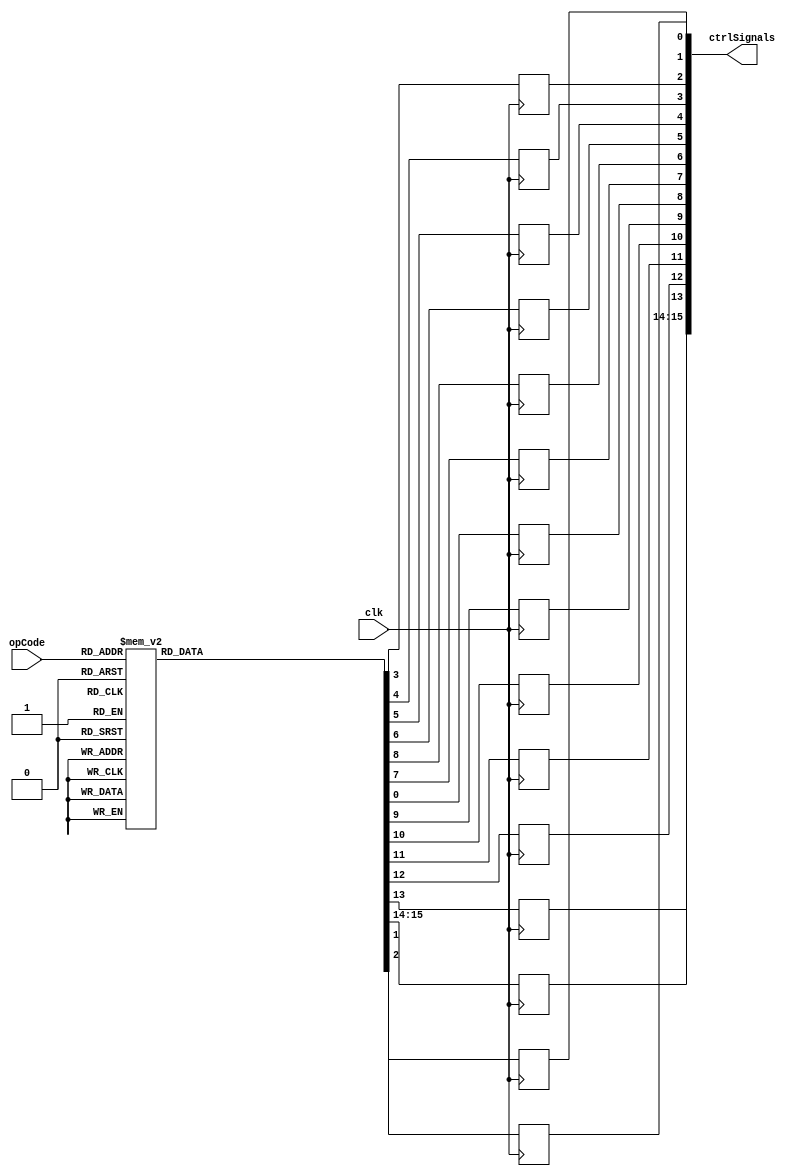
// ============================================================================
//   Ver  :| Author					:| Mod. Date :| Changes Made:
//   V1.0 :| viCppDev			   :| 04/02/2021:| Control Unit
//   V1.1 :| viCppDev			   :| 07/02/2021:| Added inconditional Jumps
//   V1.1 :| viCppDev			   :| 08/02/2021:| Added conditional Jumps
// ============================================================================


module ControlUnit (
	input clk, 
	input wire [3:0] opCode, 	
	output wire [15:0] ctrlSignals
	);
	
	
	reg cuA;
	reg cuB;
	reg cuZ;
	reg cuY;
	reg cuR;
	reg cuALU;
	reg cuShfU;
	reg cuShfD;
	reg cuRam;
	reg cuMuxA;
	reg cuMuxB;
	reg cuDex;
	reg cuJp;
	reg cuJpc;
	reg [1:0]cuComp;
	
	reg [3:0]cmd;
	
	assign ctrlSignals[0] = cuA;     
	assign ctrlSignals[1] = cuB;
	assign ctrlSignals[2] = cuZ;
	assign ctrlSignals[3] = cuY;
	assign ctrlSignals[4] = cuR;
	assign ctrlSignals[5] = cuALU;  
	assign ctrlSignals[6] = cuShfU; 
	assign ctrlSignals[7] = cuShfD; 
	assign ctrlSignals[8] = cuRam; 
	assign ctrlSignals[9] = cuMuxA; 
	assign ctrlSignals[10] = cuMuxB; 
	assign ctrlSignals[11] = cuDex; 
	assign ctrlSignals[12] = cuJp; 
	assign ctrlSignals[13] = cuJpc; 
	assign ctrlSignals[14] = cuComp[0]; 
	assign ctrlSignals[15] = cuComp[1]; 
	
	
	initial begin
		cuA <= 0;
		cuB <= 0;
		cuZ <= 0;
		cuY <= 0;
		cuR <= 0;
		cuRam <= 0;
	end
	
	
	always @(posedge(clk)) begin
	
		case (opCode)
		4'b0000 : begin //ADD
						cuRam  = 0;
						cuA = 0;
						cuB = 0;
						cuZ = 0;
						cuY = 0;
						cuR = 1;
						cuALU = 0;
						cuShfD = 0;
						cuShfU = 0;
						cuMuxA = 0;
						cuMuxB = 0;
						cuDex = 0;	
						cuJp = 0;
						cuJpc = 0;
						cuComp = 2'b00;
					 end
			
		4'b0001 : begin // SUB
						cuRam  = 0;
						cuA = 0;
						cuB = 0;
						cuZ = 0;
						cuY = 0;
						cuR = 1;
						cuALU = 1;
						cuShfD = 0;
						cuShfU = 0;
						cuMuxA = 0;
						cuMuxB = 0;
						cuDex = 0;	
						cuJp = 0;
						cuJpc = 0;
						cuComp = 2'b00;
					 end
					 
		4'b0010 : begin // LOAD A
						cuRam  = 0;
						cuA = 1;
						cuB = 0;
						cuZ = 0;
						cuY = 0;
						cuR = 0;
						cuALU = 0;
						cuShfD = 0;
						cuShfU = 0;
						cuMuxA = 0;
						cuMuxB = 0;
						cuDex = 0;	
						cuJp = 0;
						cuJpc = 0;
						cuComp = 2'b00;
					 end
					 
		4'b0011 : begin // LOAD B
						cuRam  = 0;
						cuA = 0;
						cuB = 1;
						cuZ = 0;
						cuY = 0;
						cuR = 0;
						cuALU = 0;
						cuShfD = 0;
						cuShfU = 0;
						cuMuxA = 0;
						cuMuxB = 0;
						cuDex = 0;	
						cuJp = 0;
						cuJpc = 0;
						cuComp = 2'b00;
					 end
					 
		4'b0100 : begin // LOAD Z 
						cuRam  = 0;
						cuA = 0;
						cuB = 0;
						cuZ = 1;
						cuY = 0;
						cuR = 0;
						cuALU = 0;
						cuShfD = 0;
						cuShfU = 0;
						cuMuxA = 0;
						cuMuxB = 0;
						cuDex = 0;	
						cuJp = 0;
						cuJpc = 0;
						cuComp = 2'b00;
					 end
					 
		4'b0101 : begin // LOAD Shift Down
						cuRam  = 0;
						cuA = 0;
						cuB = 0;
						cuZ = 0;
						cuY = 0;
						cuR = 0;	
						cuALU = 0;
						cuShfD = 1;
						cuShfU = 0;
						cuMuxA = 0;
						cuMuxB = 0;
						cuDex = 0;	
						cuJp = 0;
						cuJpc = 0;
						cuComp = 2'b00;
					 end
					 
		4'b0110 : begin // LOAD Shift Up
						cuRam  = 0;
						cuA = 0;
						cuB = 0;
						cuZ = 0;
						cuY = 0;
						cuR = 0;
						cuALU = 0;
						cuShfD = 0;
						cuShfU = 1;
						cuMuxA = 0;
						cuMuxB = 0;
						cuDex = 0;	
						cuJp = 0;
						cuJpc = 0;
						cuComp = 2'b00;
					 end
					 
		4'b0111 : begin // LOAD Y(RAM Addr)
						cuRam  = 0;
						cuA = 0;
						cuB = 0;
						cuZ = 0;
						cuY = 1;
						cuR = 0;	
						cuALU = 0;
						cuShfD = 0;
						cuShfU = 0;
						cuMuxA = 0;
						cuMuxB = 0;
						cuDex = 0;//must be 0		
						cuJp = 0;
						cuJpc = 0;
						cuComp = 2'b00;
					 end
					 
		4'b1000 : begin // Store RAM new value
						cuRam  = 1;
						cuA = 0;
						cuB = 0;
						cuZ = 0;
						cuY = 0;
						cuR = 0;	
						cuALU = 0;
						cuShfD = 0;
						cuShfU = 0;
						cuMuxA = 0;
						cuMuxB = 1;
						cuDex = 1;	
						cuJp = 0;
						cuJpc = 0;
						cuComp = 2'b00;
					 end
					 
		4'b1001 : begin // Store RAM result
						cuRam  = 1;
						cuA = 0;
						cuB = 0;
						cuZ = 0;
						cuY = 0;
						cuR = 0;	
						cuALU = 0;
						cuShfD = 0;
						cuShfU = 0;
						cuMuxA = 0;
						cuMuxB = 0;
						cuDex = 0;	
						cuJp = 0;	
						cuJpc = 0;
						cuComp = 2'b00;
					 end
					 
		4'b1010 : begin // LOAD Z RAM
						cuRam  = 0;
						cuA = 0;
						cuB = 0;
						cuZ = 1;
						cuY = 0;
						cuR = 0;	
						cuALU = 0;
						cuShfD = 0;
						cuShfU = 0;
						cuMuxA = 1;
						cuMuxB = 0;
						cuDex = 0;	
						cuJp = 0;
						cuJpc = 0;	
						cuComp = 2'b00;
					 end
					 
		4'b1011 : begin // JUMP INCONDITIONAL
						cuRam  = 0;
						cuA = 0;
						cuB = 0;
						cuZ = 0;
						cuY = 0;
						cuR = 0;	
						cuALU = 0;
						cuShfD = 0;
						cuShfU = 0;
						cuMuxA = 0;
						cuMuxB = 0;
						cuDex = 0;	
						cuJp = 1;
						cuJpc = 0;
						cuComp = 2'b00;
					 end
					 
		4'b1100 : begin // JUMP CONDITIONAL EQUAL
						cuRam  = 0;
						cuA = 0;
						cuB = 0;
						cuZ = 0;
						cuY = 0;
						cuR = 0;	
						cuALU = 0;
						cuShfD = 0;
						cuShfU = 0;
						cuMuxA = 0;
						cuMuxB = 0;
						cuDex = 0;	
						cuJp = 0;
						cuJpc = 1;
						cuComp = 2'b00;
					 end
					 
		4'b1101 : begin // JUMP CONDITIONAL LESS
						cuRam  = 0;
						cuA = 0;
						cuB = 0;
						cuZ = 0;
						cuY = 0;
						cuR = 0;	
						cuALU = 0;
						cuShfD = 0;
						cuShfU = 0;
						cuMuxA = 0;
						cuMuxB = 0;
						cuDex = 0;	
						cuJp = 0;
						cuJpc = 1;
						cuComp = 2'b01;
					 end
					 
		4'b1110 : begin // JUMP CONDITIONAL MORE
						cuRam  = 0;
						cuA = 0;
						cuB = 0;
						cuZ = 0;
						cuY = 0;
						cuR = 0;	
						cuALU = 0;
						cuShfD = 0;
						cuShfU = 0;
						cuMuxA = 0;
						cuMuxB = 0;
						cuDex = 0;	
						cuJp = 0;
						cuJpc = 1;
						cuComp = 2'b10;
					 end
				
					 
					 
		default: begin 
						cuRam = 0;
						cuA = 0;
						cuB = 0;
						cuZ = 0;
						cuY = 0;
						cuR = 0;
						cuALU = 0;
						cuShfD = 0;
						cuShfU = 0;
						cuMuxA = 0;
						cuMuxB = 0;
						cuDex = 0;	
						cuJp = 0;
						cuJpc = 0;
						cuComp = 2'b00;
					 end
					 
		endcase
		
	
	end
	

endmodule